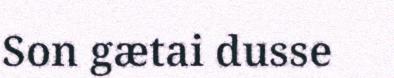
Son gætai dusse